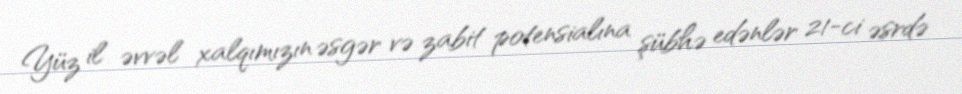
Yüz il əvvəl xalqımızın əsgər və zabit potensialına şübhə edənlər 21-ci əsrdə